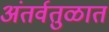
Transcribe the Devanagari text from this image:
अंतर्वतुळात